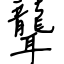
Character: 聾